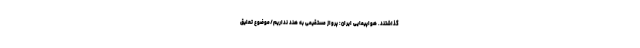
گذاشتند. هواپیمایی ایران: پرواز مستقیمی به هند نداریم/موضوع تعلیق